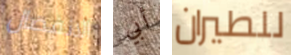
الانفصال أبي للطيران